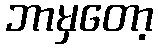
ဘာမှတော့